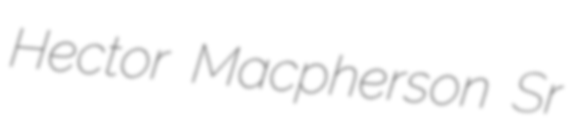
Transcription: Hector Macpherson Sr